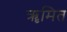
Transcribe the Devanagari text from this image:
ॠमित